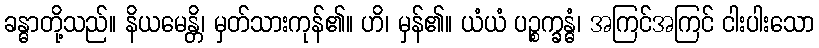
ခန္ဓာတို့သည်။ နိယမေန္တိ၊ မှတ်သားကုန်၏။ ဟိ၊ မှန်၏။ ယံယံ ပဉ္စက္ခန္ဓံ၊ အကြင်အကြင် ငါးပါးသော